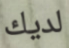
لديك